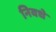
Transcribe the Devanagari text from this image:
निवधे